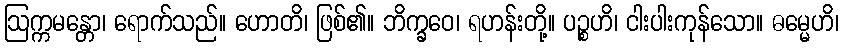
ဩက္ကမန္တော၊ ရောက်သည်။ ဟောတိ၊ ဖြစ်၏။ ဘိက္ခဝေ၊ ရဟန်းတို့။ ပဉ္စဟိ၊ ငါးပါးကုန်သော။ ဓမ္မေဟိ၊